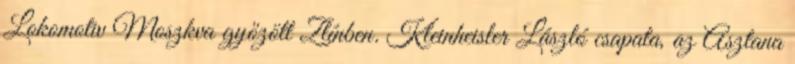
Lokomotiv Moszkva győzött Zlínben. Kleinheisler László csapata, az Asztana